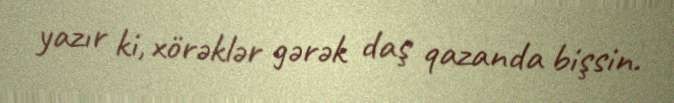
yazır ki, xörəklər gərək daş qazanda bişsin.